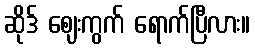
ဆိုဒ် ဈေးကွက် ရောက်ပြီလား။